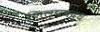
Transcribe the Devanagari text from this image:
शिल्पबद्ध